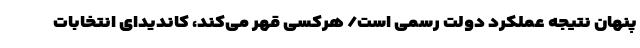
پنهان نتیجه عملکرد دولت رسمی است/ هرکسی قهر می‌کند، کاندیدای انتخابات